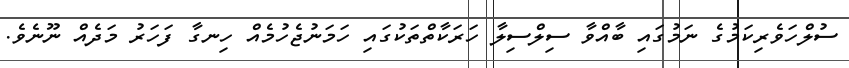
ސުލްހަވެރިކަމުގެ ނަމުގައި ބާއްވާ ސިލްސިލާ ހަރަކާތްތަކުގައި ހަމަނުޖެހުމެއް ހިނގާ ފަހަރު މަދެއް ނޫނެވެ.